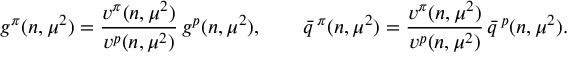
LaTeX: g ^ { \pi } ( n , \mu ^ { 2 } ) = \frac { v ^ { \pi } ( n , \mu ^ { 2 } ) } { v ^ { p } ( n , \mu ^ { 2 } ) } \, g ^ { p } ( n , \mu ^ { 2 } ) , \quad \quad \bar { q } \, ^ { \pi } ( n , \mu ^ { 2 } ) = \frac { v ^ { \pi } ( n , \mu ^ { 2 } ) } { v ^ { p } ( n , \mu ^ { 2 } ) } \, \bar { q } \, ^ { p } ( n , \mu ^ { 2 } ) .